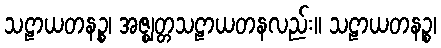
သဠာယတနဉ္စ၊ အဇ္ဈတ္တသဠာယတနလည်း။ သဠာယတနဉ္စ၊